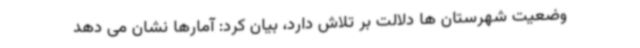
وضعیت شهرستان ها دلالت بر تلاش دارد، بیان کرد: آمارها نشان می دهد